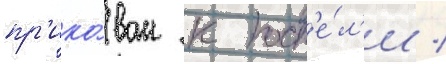
пр'ико́ван к пост'е́л'и /